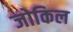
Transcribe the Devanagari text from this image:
जोकिल